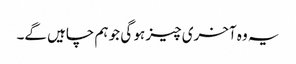
یہ وہ آخری چیز ہو گی جو ہم چاہیں گے۔